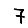
Digit: 7